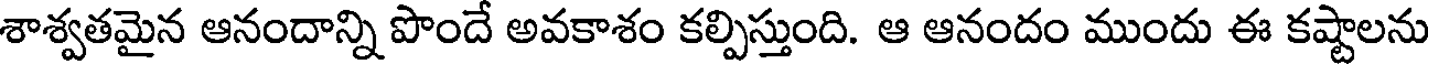
శాశ్వతమైన ఆనందాన్ని పొందే అవకాశం కల్పిస్తుంది. ఆ ఆనందం ముందు ఈ కష్టాలను